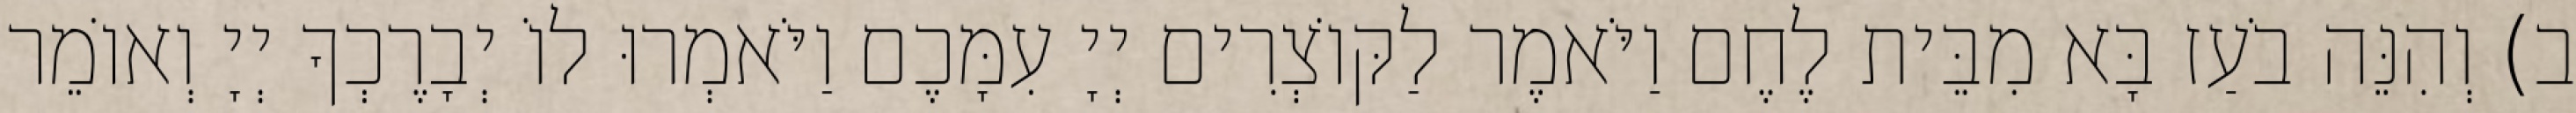
ב) וְהִנֵּה בֹעַז בָּא מִבֵּית לֶחֶם וַיֹּאמֶר לַקּוֹצְרִים יְיָ עִמָּכֶם וַיֹּאמְרוּ לוֹ יְבָרֶכְךָ יְיָ וְאוֹמֵר